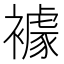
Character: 𧝲